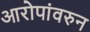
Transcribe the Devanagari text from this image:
आरोपांवरुन